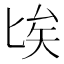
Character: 𠤘